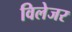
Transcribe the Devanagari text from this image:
विलेजर